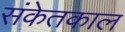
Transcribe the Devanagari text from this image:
संकेतकाल